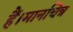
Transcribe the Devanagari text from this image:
हैं।मानचित्र